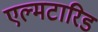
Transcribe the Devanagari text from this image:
एल्मटारिड